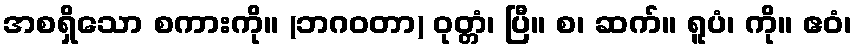
အစရှိသော စကားကို။ (ဘဂဝတာ) ဝုတ္တံ၊ ပြီ။ စ၊ ဆက်။ ရူပံ၊ ကို။ ဧဝံ၊